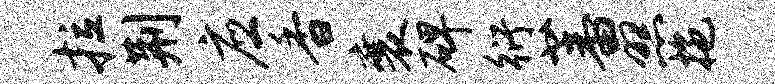
拉荆应香襄碑衍蕃照拖